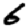
Digit: 6